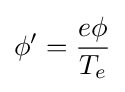
\phi '={\frac {e\phi }{T_{e}}}